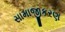
સામાજીકરણ